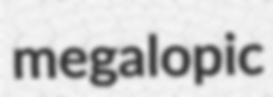
megalopic